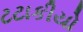
ટટાકીયો